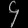
Digit: ၄